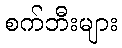
စက်ဘီးများ